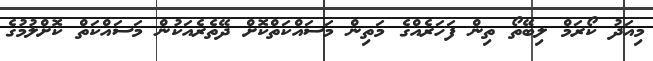
މިއަދު ކޯރަމް ލިބޭތޯ ތިން ފަހަރެއްގެ މަތިން މަސައްކަތްކޮށް ދޭތެރެއަކުން މަސައްކަތް ކޮށްލުމުގެ